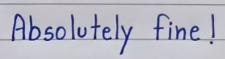
Absolutely fine !